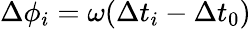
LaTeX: \Delta\phi_{i}=\omega(\Delta t_{i}-\Delta t_{0})